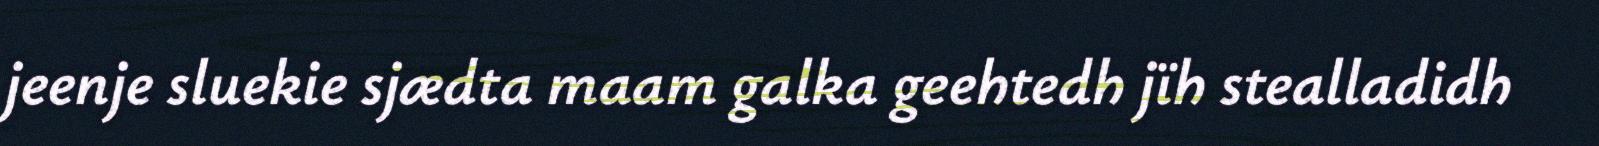
jeenje sluekie sjædta maam galka geehtedh jïh stealladidh